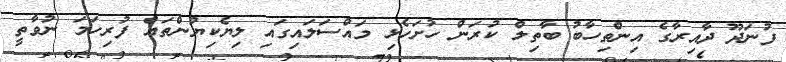
ފުނަދޫ ދާއިރާގެ އިންތިހާބު ބާތިލް ކުރަން ހުށަހެޅި މައްސަލައިގައި ލިޔެކިޔުންތައް ފުރިހަމަ ނުވާތީ